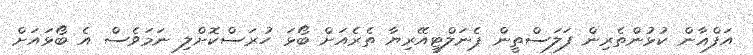
އަފްޣާން ކުޅުންތެރިން ފަލަސްތީން ޕެނަލްޓީއޭރިޔާ ތެރެއަށް ބޯޅަ ހުރަސްކޮށްލި ނަމަވެސް އެ ބޯޅައަށް